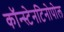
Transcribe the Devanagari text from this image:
कॉन्स्टेनटिनोपोल